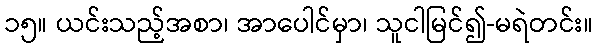
၁၅။ ယင်းသည့်အစာ၊ အာပေါင်မှာ၊ သူငါမြင်၍-မရဲတင်း။